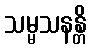
သမ္မသနန္တိ